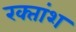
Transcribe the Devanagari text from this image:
रक्‍तांश